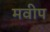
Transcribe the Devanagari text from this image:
मवीप